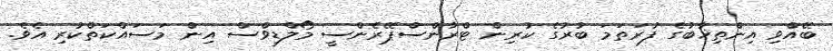
ބޭއްވި އިންތިޚާބުގެ ފުރަތަމަ ބުރުގެ ކުރިން ޓްރާންސްޕޭރެންސީ މޯލްޑިވްސް އިން މަސައްކަތްކުރި އެވެ.